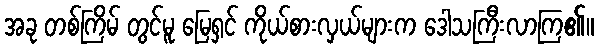
အခု တစ်ကြိမ် တွင်မူ မြေရှင် ကိုယ်စားလှယ်များက ဒေါသကြီးလာကြ၏။